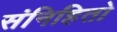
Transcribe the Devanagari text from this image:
संनिहितो